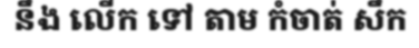
នឹង លើក ទៅ តាម កំចាត់ សឹក